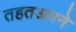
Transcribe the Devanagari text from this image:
तहतअपने